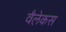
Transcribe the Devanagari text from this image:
वैलेकस